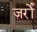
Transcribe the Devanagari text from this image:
ज़र्रों